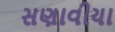
સણાવીયા